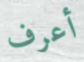
أعرف